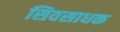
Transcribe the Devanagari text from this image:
सिवसाधक